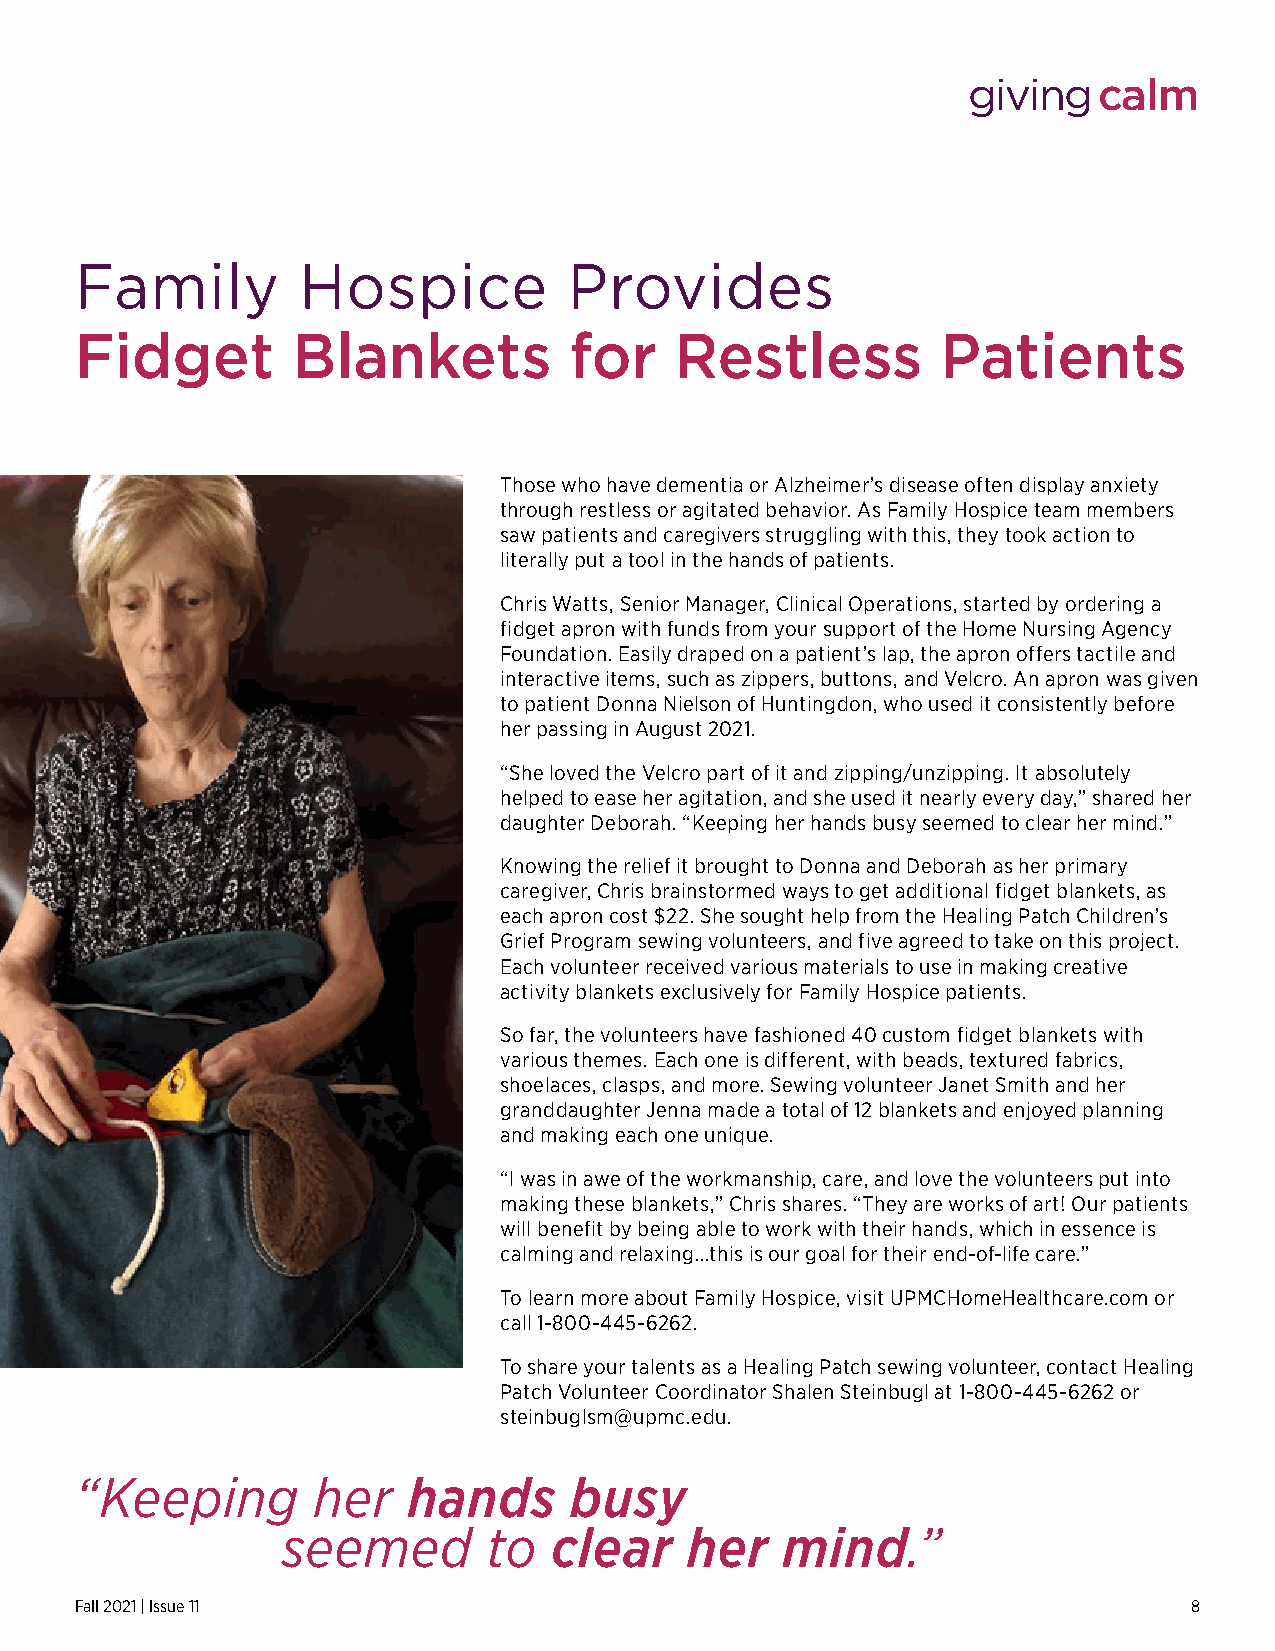
givingcalm
 Family         Hospice           Provides
 Fidget        Blankets           for    Restless         Patients
 Those who have dementia or Alzheimer’s disease often display anxiety
 through restless or agitated behavior. As Family Hospice team members
 saw patients and caregivers struggling with this, they took action to
 literally put a tool in the hands of patients.
 Chris Watts, Senior Manager, Clinical Operations, started by ordering a
 fidget apron with funds from your support of the Home Nursing Agency
 Foundation. Easily draped on a patient’s lap, the apron offers tactile and
 interactive items, such as zippers, buttons, and Velcro. An apron was given
 to patient Donna Nielson of Huntingdon, who used it consistently before
 her passing in August 2021.
 “She loved the Velcro part of it and zipping/unzipping. It absolutely
 helped to ease her agitation, and she used it nearly every day,” shared her
 daughter Deborah. “Keeping her hands busy seemed to clear her mind.”
 Knowing the relief it brought to Donna and Deborah as her primary
 caregiver, Chris brainstormed ways to get additional fidget blankets, as
 each apron cost $22. She sought help from the Healing Patch Children’s
 Grief Program sewing volunteers, and five agreed to take on this project.
 Each volunteer received various materials to use in making creative
 activity blankets exclusively for Family Hospice patients.
 So far, the volunteers have fashioned 40 custom fidget blankets with
 various themes. Each one is different, with beads, textured fabrics,
 shoelaces, clasps, and more. Sewing volunteer Janet Smith and her
 granddaughter Jenna made a total of 12 blankets and enjoyed planning
 and making each one unique.
 “I was in awe of the workmanship, care, and love the volunteers put into
 making these blankets,” Chris shares. “They are works of art! Our patients
 will benefit by being able to work with their hands, which in essence is
 calming and relaxing…this is our goal for their end-of-life care.”
 To learn more about Family Hospice, visit UPMCHomeHealthcare.com or
 call 1-800-445-6262.
 To share your talents as a Healing Patch sewing volunteer, contact Healing
 Patch Volunteer Coordinator Shalen Steinbugl at 1-800-445-6262 or
 steinbuglsm@upmc.edu.
 “Keeping        her   hands      busy
 seemed       to  clear    her    mind.”
 Fall 2021 | Issue 11                                                      8